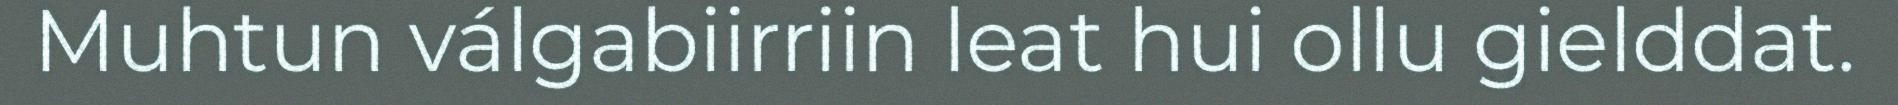
Muhtun válgabiirriin leat hui ollu gielddat.